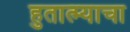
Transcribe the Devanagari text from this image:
हुतात्म्याचा